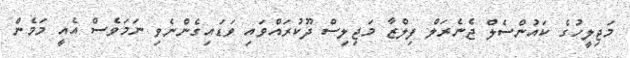
މަޖިލީހުގެ ކައުންސެލް ޖެނެރަލް ފިލްޒާ މަޖިލިސް ދޫކުރައްވައި ވަޑައިގެންނެވި ނަމަވެސް އެއީ މަމެން